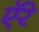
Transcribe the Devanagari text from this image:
ऍरे